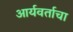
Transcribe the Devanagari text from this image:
आर्यवर्ताचा